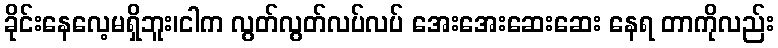
ခိုင်းနေလေ့မရှိဘူး၊ငါက လွတ်လွတ်လပ်လပ် အေးအေးဆေးဆေး နေရ တာကိုလည်း